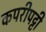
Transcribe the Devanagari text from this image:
कपरीपट्टी